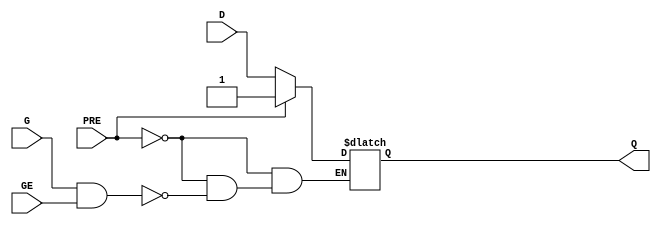
`ifdef verilator3
`else
`timescale 1 ps / 1 ps
`endif
//
// LDPE primitive for Xilinx FPGAs
// Compatible with Verilator tool (www.veripool.org)
// Copyright (c) 2019-2022 Frdric REQUIN
// License : BSD
//

module LDPE
#(
    parameter INIT = 1'b0
)
(
    // Asynchronous preset
    input   wire PRE,
    // Latch
    input   wire G,
    // Latch enable
    input   wire GE,
    // Data in
    input   wire D,
    // Data out
    output  wire Q
);
    reg _r_Q;

    initial begin : INIT_STATE
        _r_Q = INIT[0];
    end
    
    always @(PRE or G or GE or D) begin : LATCH
    
        if (PRE) begin
            _r_Q = 1'b1;
        end
        else if (G & GE) begin
            _r_Q = D;
        end
    end
    
    assign Q = _r_Q;

endmodule